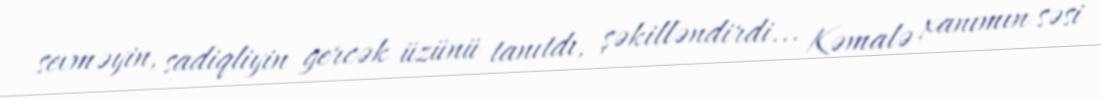
sevməyin, sadiqliyin gercək üzünü tanıtdı, şəkilləndirdi... Kəmalə xanımın səsi